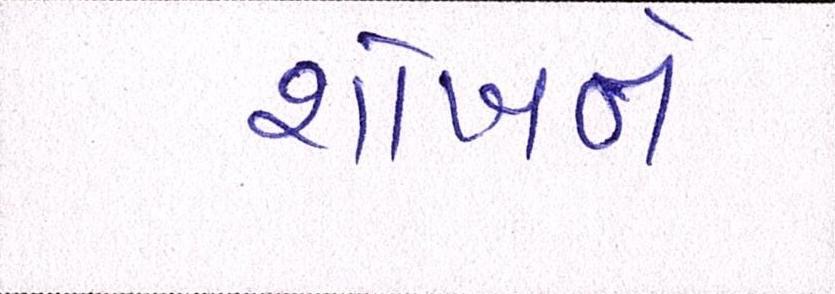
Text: શોખને